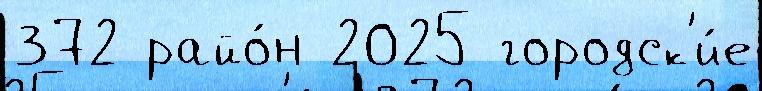
372 райо́н 2025 городск'и́е